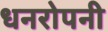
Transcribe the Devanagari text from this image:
धनरोपनी